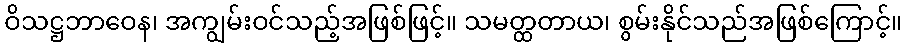
ဝိသဋ္ဌဘာဝေန၊ အကျွမ်းဝင်သည့်အဖြစ်ဖြင့်။ သမတ္ထတာယ၊ စွမ်းနိုင်သည်အဖြစ်ကြောင့်။